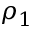
\rho _ { 1 }